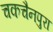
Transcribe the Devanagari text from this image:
चकचैनपुरा